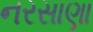
નરસાણા